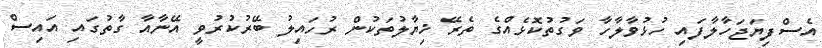
އެސްފިޔަޖަހާލާފައި ހުޅުވާލާހާ ވަގުތުކޮޅެއްގެ ތެރޭ ޚިޔާލުތަކުން ރުހައިލު ބޭރުކުރުވީ އޭނާއާ ގާތުގައި އައިސް